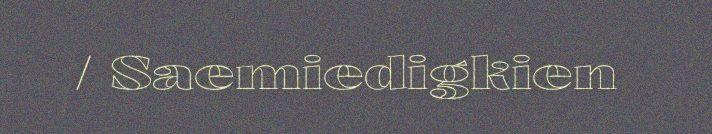
/ Saemiedigkien